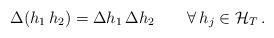
LaTeX: \begin{align*}\Delta (h_1 \, h_2) = \Delta h_1 \, \Delta h_2 \qquad \forall \, h_j \in {\cal H}_T \, . \end{align*}